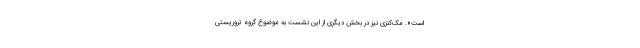
است». مک‌کنزی نیز در بخش دیگری از این نشست به موضوع گروه تروریستی